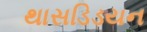
થાસડિડયન